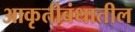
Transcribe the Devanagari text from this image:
आकृतीबंधातील